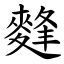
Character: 䴶